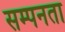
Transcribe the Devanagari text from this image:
सम्पनता